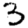
Digit: 3